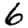
Digit: 6